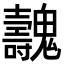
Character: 魗